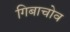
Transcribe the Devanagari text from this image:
गिबाचोव